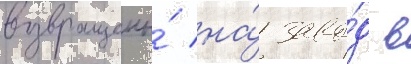
возвращены́ на́ заво́д в